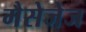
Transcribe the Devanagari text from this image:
मैसेजेज